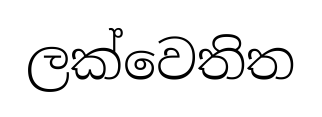
ලක්වෙතිත